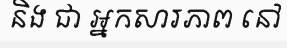
និង ជា អ្នកសារភាព នៅ